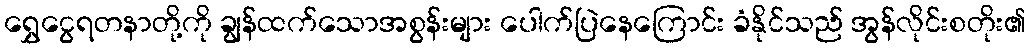
ရွှေငွေရတနာတို့ကို ချွန်ထက်သောအစွန်းများ ပေါက်ပြဲနေကြောင်း ခံနိုင်သည် အွန်လိုင်းစတိုး၏